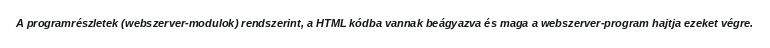
A programrészletek (webszerver-modulok) rendszerint, a HTML kódba vannak beágyazva és maga a webszerver-program hajtja ezeket végre.